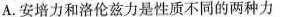
A.安培力和洛伦兹力是性质不同的两种力